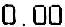
0.00